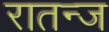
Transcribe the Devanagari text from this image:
रातन्ज